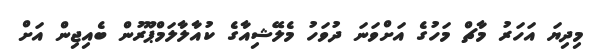
މިދިޔަ އަހަރު މާޗް މަހުގެ އަށްވަނަ ދުވަހު މެލޭޝިއާގެ ކުއާލާލަމްޕޫރުން ބެއިޖިން އަށް